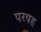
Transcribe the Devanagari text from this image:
परयह